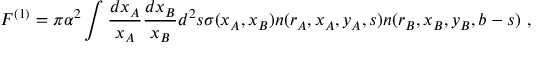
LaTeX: F ^ { ( 1 ) } = \pi \alpha ^ { 2 } \int { \frac { d x _ { A } } { x _ { A } } } { \frac { d x _ { B } } { x _ { B } } } d ^ { 2 } s \sigma ( x _ { A } , x _ { B } ) n ( r _ { A } , x _ { A } , y _ { A } , s ) n ( r _ { B } , x _ { B } , y _ { B } , b - s ) \, \, ,